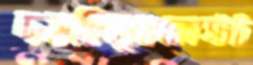
দমছিলুমকোস্টট